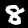
Digit: 8